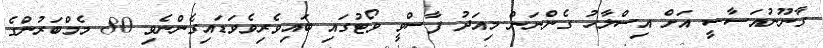
ގާނޫނުއަސާސީ އަށް އިސްލާހު ގެންނަން މިއަދު ފާސްވީ ވޯޓުގައި ބައިވެރިވެވަޑައިގެންނެވި 80 މެމްބަރުންގެ